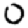
Digit: 0